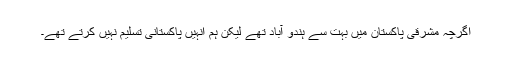
اگرچہ مشرقی پاکستان میں بہت سے ہندو آباد تھے لیکن ہم انہیں پاکستانی تسلیم نہیں کرتے تھے۔